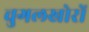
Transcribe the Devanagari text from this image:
चुगलखोरों